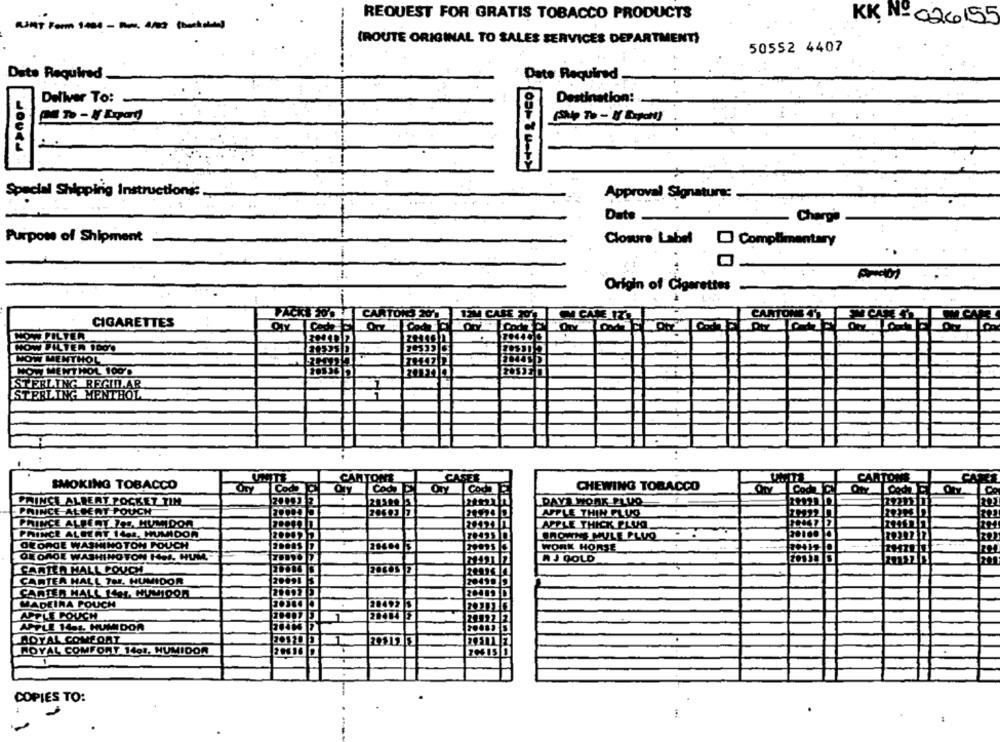
REQUEST FOR GRATIS TOBACCO PRODUCTS
KK N. 026155
-----
(ROUTE ORIGINAL TO SALES SERVICES DEPARTMENT)
50552 4407
Dite Required
Date Required
Deliver To:
Destination:
Hours".
Special Shipping Instructions :.
Approval Signaturg:
Date
Charge
Purpose of Shipment
Closure Label @ Complimentary
..
Origin of Cigarettes
12M CA
FACKY BODY CARTONS 201
CARTONETT
CIGARETTES
HOW FILTER
HOW FILTER 1000
NOW MENTHOL
NOW MENTHOL 100'.
STERLING REGINAR
TERLING MENTHOL
7
CANTONE
CASEE
CARTONS
SMOKING TOBACCO
CHEWING TOBACCO
PRINCE ALBERT POCKET TIM
DAYS WORK FLUO
PRINCE ALBERT POUCH
APPLE THIN FLUG
PRINCE ALBERT Zes HUMIDOR
APPLE THICK PLUS
PRINCE ALBERT 1434, HUMIDOR
WNE THULE PLUQ
GEORGE WASHINGTON POUCH
WORK HORSE
GEORGE WASHINGTON ISI, HUM
AJ GOLD
CARTEA HALLPOUCH
CARTER HALL TM, HUMIDOR
20098 3
20490 9
CARTER MALL 144. HUMIDOR
2009210
MADEIRA POUCH
20492 3
APPLE POUCH
1
APPLE 1451, HUMIDOR
LOYAL COMFORT
ROYAL COMFORT 1401, HUMIDOR
CSIS
COPIES TO: